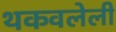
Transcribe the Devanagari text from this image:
थकवलेली